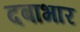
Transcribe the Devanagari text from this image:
दबाभार